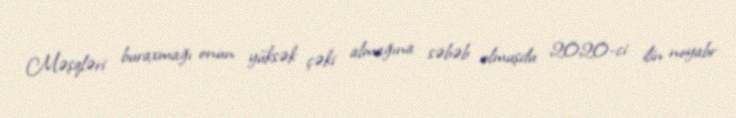
Məşqləri buraxmağı onun yüksək çəki almağına səbəb olmuşdu 2020-ci ilin noyabr